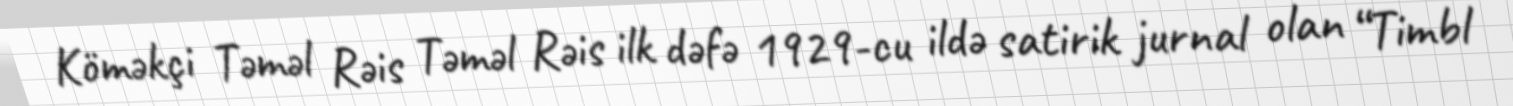
Köməkçi Təməl Rəis Təməl Rəis ilk dəfə 1929-cu ildə satirik jurnal olan “Timbl